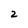
Character: 2